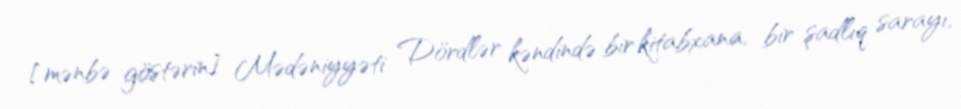
[mənbə göstərin] Mədəniyyəti Dördlər kəndində bir kitabxana, bir şadlıq sarayı,